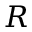
R